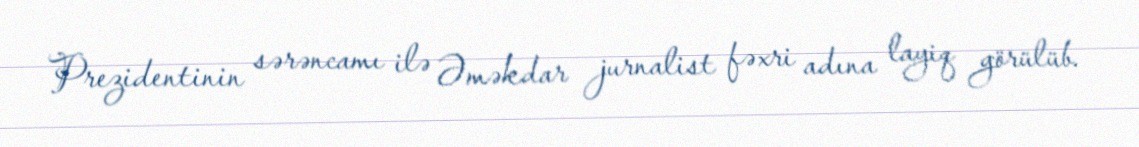
Prezidentinin sərəncamı ilə Əməkdar jurnalist fəxri adına layiq görülüb.